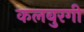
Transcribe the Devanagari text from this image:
कलबुरगी